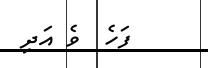
ފަހެ  ވެ އަދި